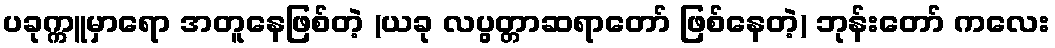
ပခုက္ကူမှာရော အတူနေဖြစ်တဲ့ (ယခု လပွတ္တာဆရာတော် ဖြစ်နေတဲ့) ဘုန်းတော် ကလေး